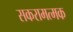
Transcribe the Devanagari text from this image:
सकरामत्मक